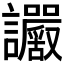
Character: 𧮜